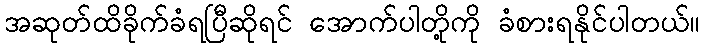
အဆုတ်ထိခိုက်ခံရပြီဆိုရင် အောက်ပါတို့ကို ခံစားရနိုင်ပါတယ်။